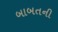
બાબતની